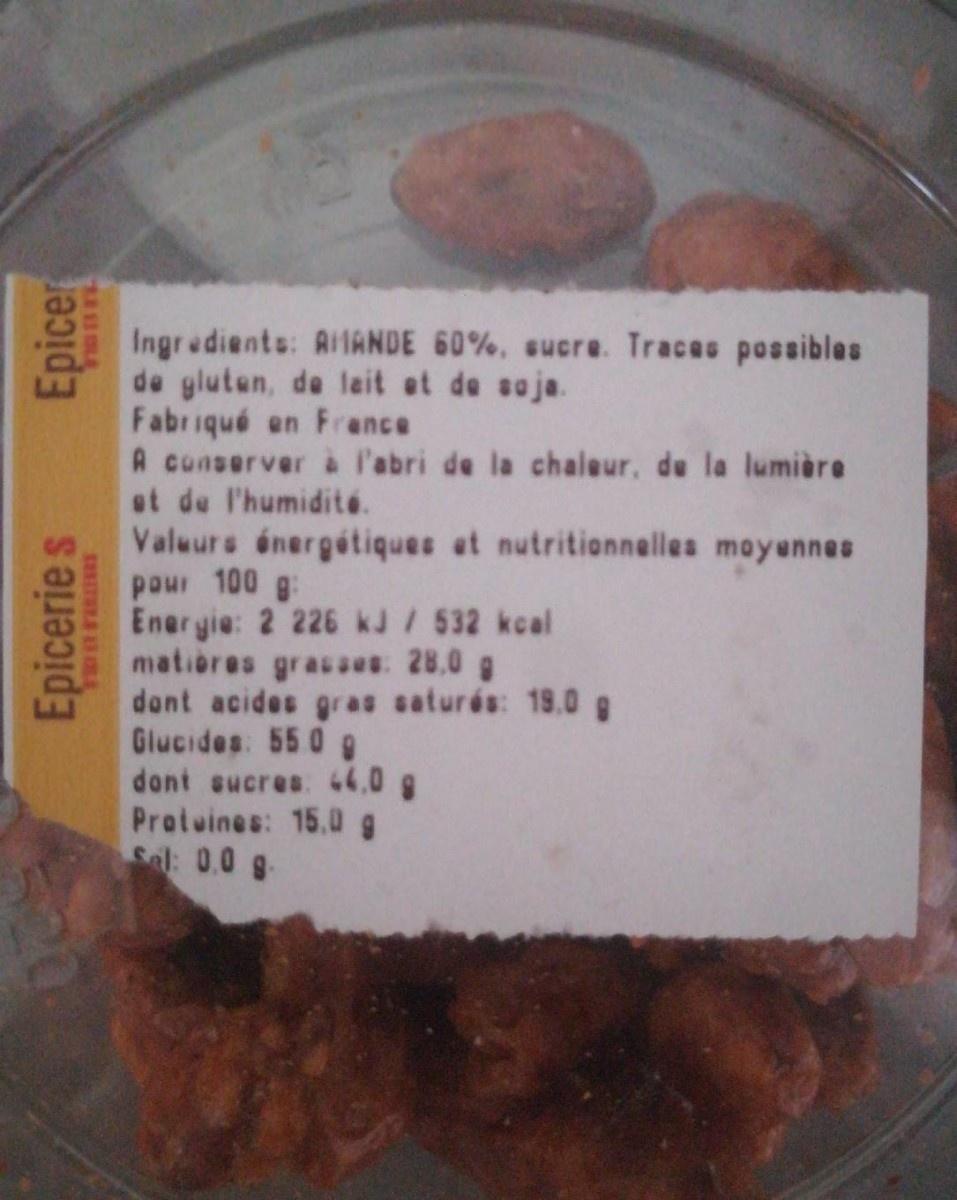
Ingredients: AilANDE 60%, sucre. Traces possibles de gluten, de leit et de soja. Fabriqué en France A conserver à l'abri de la chaleur, de la lumière et de l'humidité.
Valuurs énergétiques at nutritionnelles moyennes pour 100 g: Energie: 2 226 kJ / 532 kcal matiores grasses 28.0 g dont acides gras saturés: 19.0 g Glucides: 550 9 dont sucres. 44,0 g Protuines: 15.0 g Sal: 0.0 g.
Epicerie s
Epicer